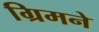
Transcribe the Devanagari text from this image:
ग्रिमने